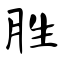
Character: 胜